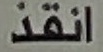
انقذ